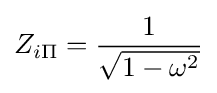
Z_{i\Pi }={\frac {1}{\sqrt {1-\omega ^{2}}}}